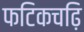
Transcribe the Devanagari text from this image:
फटिकचढ़ि